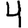
Digit: 4